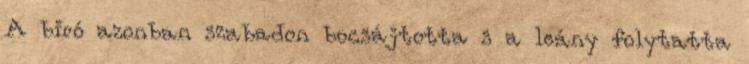
A biró azonban szabadon bocsájtotta s a leány folytatta